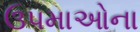
ઉપમાઓના